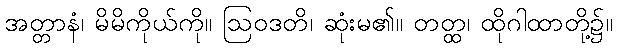
အတ္တာနံ၊ မိမိကိုယ်ကို။ ဩဝဒတိ၊ ဆုံးမ၏။ တတ္ထ၊ ထိုဂါထာတို့၌။